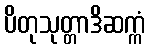
ပိတုသုတ္တာဒိဆက္ကံ